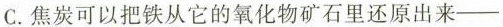
C.焦炭可以把铁从它的氧化物矿石里还原出来-